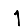
Digit: 1